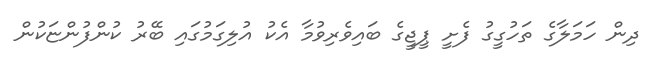
ދިން ހަމަލާގެ ތަހުގީގު ފެށީ ޕީޖީގެ ބައިވެރިވުމާ އެކު އުލިގަމުގައި ބޭރު ކުންފުންޏަކުން